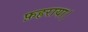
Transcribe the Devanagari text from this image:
फ़हराया।